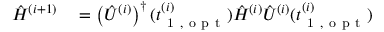
\begin{array} { r l } { \hat { H } ^ { ( i + 1 ) } } & { { } = \left( { \hat { U } } ^ { ( i ) } \right) ^ { \dagger } ( t _ { \mathrm { ~ 1 ~ , ~ o ~ p ~ t ~ } } ^ { ( i ) } ) \hat { H } ^ { ( i ) } { \hat { U } } ^ { ( i ) } ( t _ { \mathrm { ~ 1 ~ , ~ o ~ p ~ t ~ } } ^ { ( i ) } ) } \end{array}